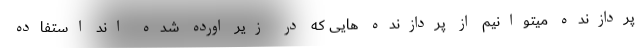
پردازنده میتوانیم از پردازنده هایی که در زیر اورده شده اند استفاده